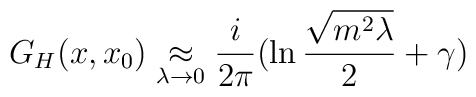
G_H(x,x_0) \mathrel{\mathop{\approx}_{\lambda \rightarrow 0}} {i\over2\pi}\bigl(\ln{\sqrt{m^2\lambda}\over2} +\gamma\bigr)